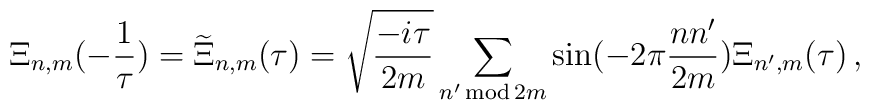
\Xi_{n,m}(-\frac{1}{\tau}) = \widetilde{\Xi}_{n,m}(\tau) =  \sqrt{\frac{-i\tau}{2m}}  \sum_{n'\,{\rm mod}\,2m}\sin(-2\pi\frac{nn'}{2m})\Xi_{n',m}(\tau)\,,